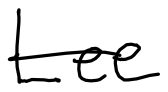
Text: Lee
Cross-out: single-line
Writing tool: digital_black